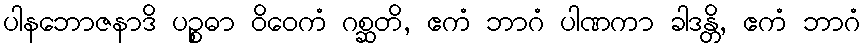
ပါနဘောဇနာဒိ ပဉ္စဓာ ဝိဝေကံ ဂစ္ဆတိ, ဧကံ ဘာဂံ ပါဏကာ ခါဒန္တိ, ဧကံ ဘာဂံ